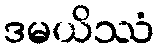
ဒမယိဿံ